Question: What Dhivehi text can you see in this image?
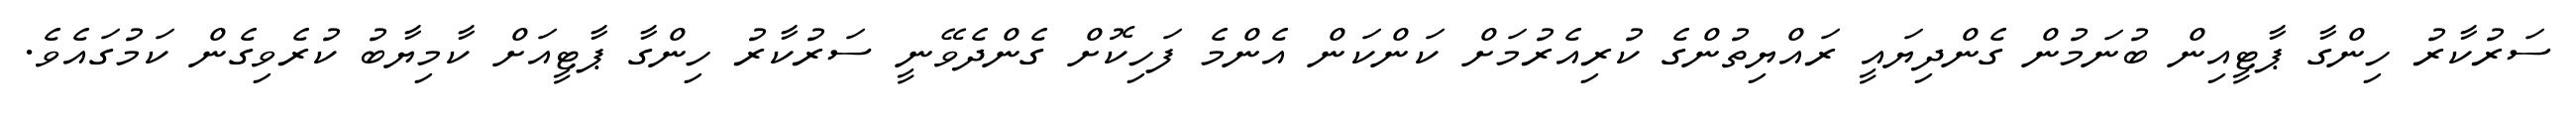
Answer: ސަރުކާރު ހިންގާ ޕާޓީއިން ބުނަމުން ގެންދިޔައީ ރައްޔިތުންގެ ކުރިއެރުމަށް ކަންކަން އެންމެ ފަހިކޮށް ގެންދެވޭނީ ސަރުކާރު ހިންގާ ޕާޓީއަށް ކާމިޔާބު ކުރެވިގެން ކަމުގައެވެ.